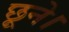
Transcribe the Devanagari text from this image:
छूने।